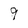
Character: 9